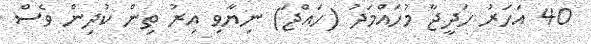
40 އަހަރު ހަދީޖާ މުހައްމަދު (ހައްޖަ) ނިޔާވި އިރު ތިން ކުދިން ވެސް